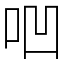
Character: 𠱃